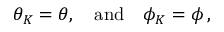
\theta _ { K } = \theta , ~ ~ ~ \mathrm { a n d } ~ ~ ~ \phi _ { K } = \phi \, ,